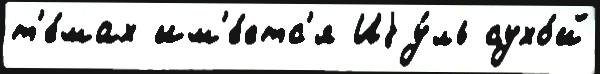
т'е́мах им'е́етс'я Иjу́ль сухо́й